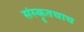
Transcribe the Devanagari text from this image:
संस्कॄतचाच